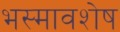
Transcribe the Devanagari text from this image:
भस्मावशेष